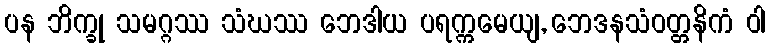
ပန ဘိက္ခု သမဂ္ဂဿ သံဃဿ ဘေဒါယ ပရက္ကမေယျ, ဘေဒနသံဝတ္တနိကံ ဝါ